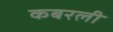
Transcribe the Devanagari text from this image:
कबरली